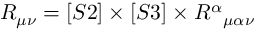
R _ { \mu \nu } = [ S 2 ] \times [ S 3 ] \times { R ^ { \alpha } } _ { \mu \alpha \nu }